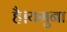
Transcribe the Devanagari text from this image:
है।यमुना